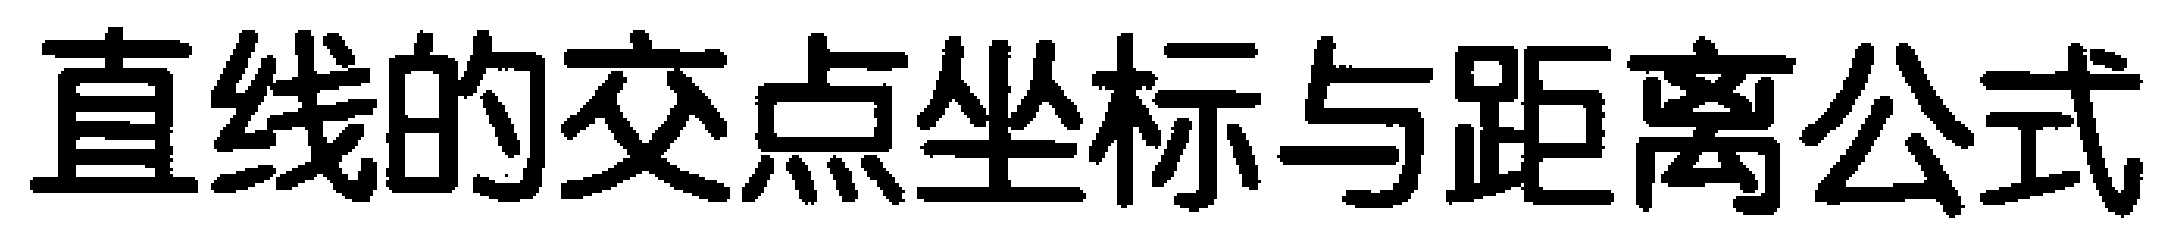
直线的交点坐标与距离公式